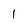
Character: 1